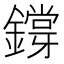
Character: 𨭃